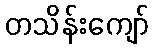
တသိန်းကျော်